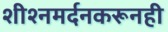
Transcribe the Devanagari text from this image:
शीश्नमर्दनकरूनही